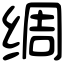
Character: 绸